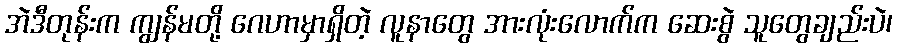
အဲဒီတုန်းက ကျွန်မတို့ ဂေဟာမှာရှိတဲ့ လူနာတွေ အားလုံးလောက်က ဆေးစွဲ သူတွေချည်းပဲ၊